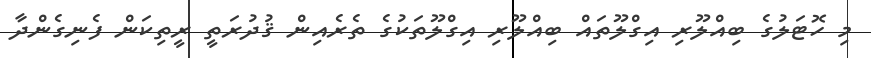
މި ހޮޓަލުގެ ބިއްލޫރި އިގްލޫތައް ބިއްލޫރި އިގްލޫތަކުގެ ތެރެއިން ޤުދުރަތީ ރީތިކަން ފެނިގެންދާ